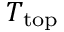
T _ { \mathrm { t o p } }